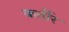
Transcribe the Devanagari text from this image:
कर्तीर